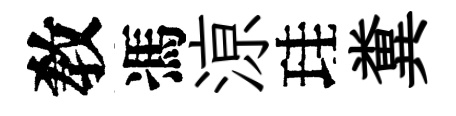
敎馮鿌珪糞